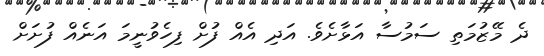
ދެ މޭޒުމަތި ސަމުސާ އަޅާށެވެ. އަދި އެއް ފުށް ފިހެވުނީމަ އަނެއް ފުށަށް